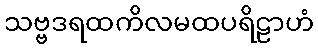
သဗ္ဗဒရထကိလမထပရိဠာဟံ